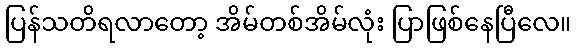
ပြန်သတိရလာတော့ အိမ်တစ်အိမ်လုံး ပြာဖြစ်နေပြီလေ။